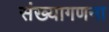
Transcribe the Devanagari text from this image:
संख्यागणना